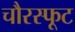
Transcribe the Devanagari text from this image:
चौरस्फूट